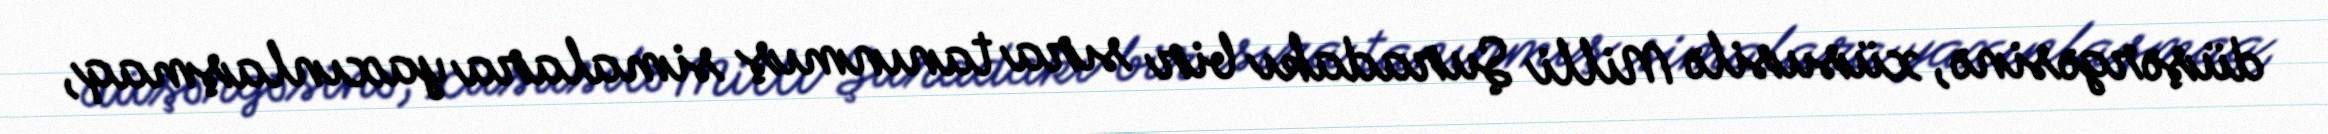
düşərgəsinə, xüsusilə Milli Şuradakı bir sıra tanınmış simalara yaxınlaşmaq,